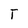
Character: T